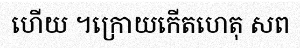
ហើយ ។ក្រោយកើតហេតុ សព